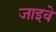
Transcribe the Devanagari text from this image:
जाइवे